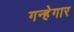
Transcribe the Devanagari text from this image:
गन्हेगार